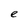
Character: e